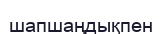
шапшаңдықпен